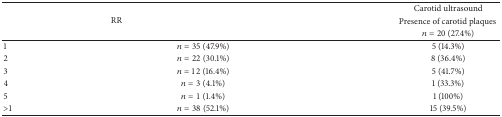
<table><thead><tr><td rowspan="3" colspan="2"><b>RR</b></td><td><b>Carotid ultrasound</b></td></tr><tr><td><b>Presence of carotid plaques </b></td></tr><tr><td><b><i>n</i> = 20 (27.4%)</b></td></tr></thead><tbody><tr><td>1</td><td><i>n</i> = 35 (47.9%)</td><td>5 (14.3%)</td></tr><tr><td>2</td><td><i>n</i> = 22 (30.1%)</td><td>8 (36.4%)</td></tr><tr><td>3</td><td><i>n</i> = 12 (16.4%)</td><td>5 (41.7%)</td></tr><tr><td>4</td><td><i>n</i> = 3 (4.1%)</td><td>1 (33.3%)</td></tr><tr><td>5</td><td><i>n</i> = 1 (1.4%)</td><td>1 (100%)</td></tr><tr><td>&gt;1</td><td><i>n</i> = 38 (52.1%)</td><td>15 (39.5%)</td></tr></tbody></table>